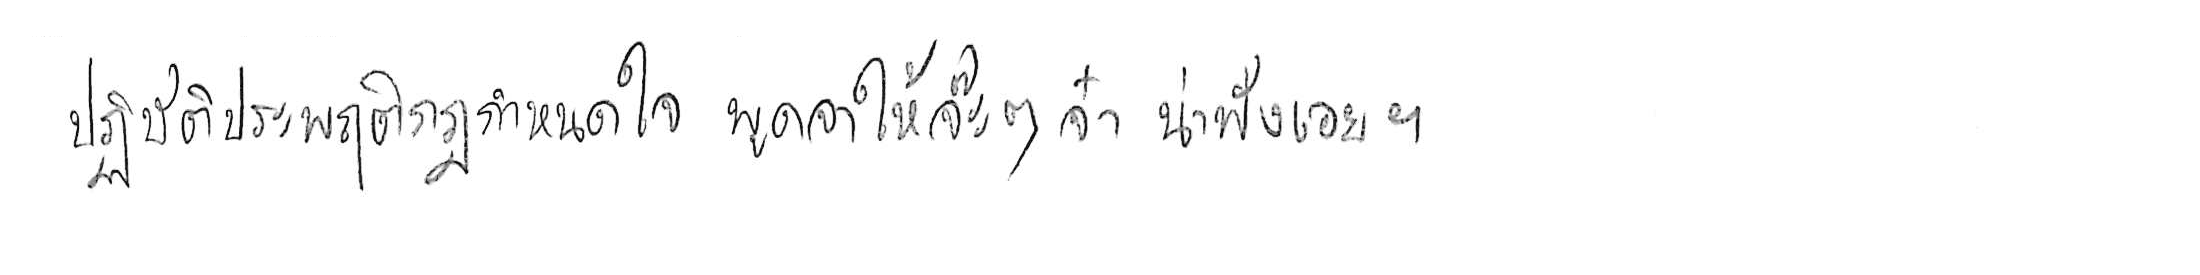
ปฏิบัติประพฤติกฎกำหนดใจ พูดจาให้จ๊ะๆ จ๋า น่าฟังเอยฯ